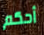
أحكم